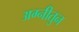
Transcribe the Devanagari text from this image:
अग्नीतुन